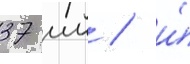
37 мм / и́